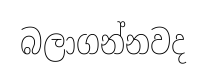
බලාගන්නවද